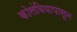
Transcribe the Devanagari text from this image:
कोलंबियापासून